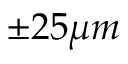
\pm 2 5 \mu m